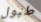
طبول